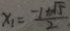
x _ { 1 } = \frac { - 1 + \sqrt { 5 } } { 2 }